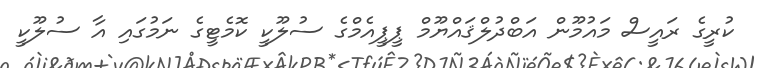
ކުރީގެ ރައީސް މައުމޫން އަބްދުލްޤައްޔޫމް ޕީޕީއެމްގެ ސުލޫކީ ކޮމެޓީގެ ނަމުގައި އާ ސުލޫކީ